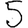
Digit: 5